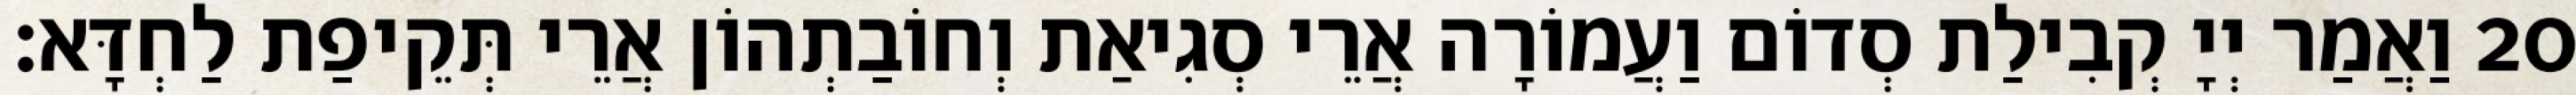
20 וַאֲמַר יְיָ קְבִילַת סְדוֹם וַעֲמוֹרָה אֲרֵי סְגִיאַת וְחוֹבַתְהוֹן אֲרֵי תְּקֵיפַת לַחְדָּא׃